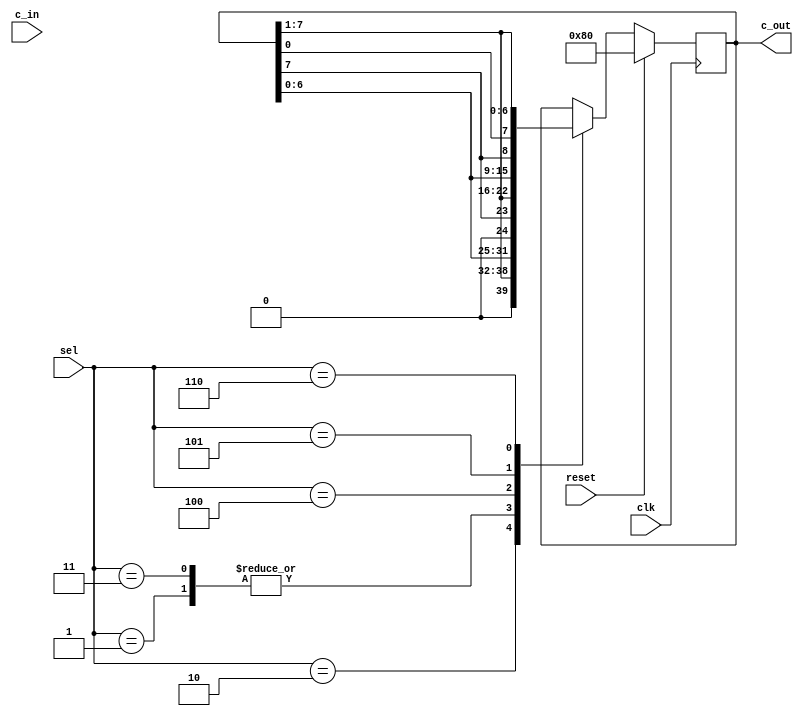
module shifter_8bit(clk,reset,c_in,c_out,sel);
	input clk;
	input reset; 
	input [7:0]c_in;
	output reg [7:0] c_out;
	input [2:0]sel;	

	always@(posedge clk)begin
		if(reset == 1'b1)	
			c_out = 8'b10000000;
		else begin
			case(sel)	
				3'd1:c_out = {c_out[6:0],1'b0};	
				3'd2:c_out = {1'b0,c_out[7:1]}; //sel == 010 srl (Shift Right Logical) 
				3'd3:c_out = {c_out[6:0],1'b0};		
				3'd4:c_out = {c_out[7],c_out[7:1]};	
				3'd5:c_out = {c_out[6:0],c_out[7]};	
				3'd6:c_out = {c_out[0],c_out[7:1]};	
				default: c_out = c_out;
			endcase
		end
	end
endmodule